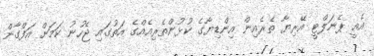
އެއީ ޕެނަލްޓީ އޭރިޔާ ތެރެއިން އިންޑިޔާގެ ކުޅުންތެރިއެއްގެ އަތުގައި ޖެހުނު ކަމަށް އަފްގާން